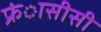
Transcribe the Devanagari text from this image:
फ्रंासीसी